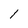
Character: l